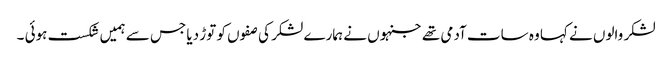
لشکر والوں نے کہا وہ سات آدمی تھے جنہوں نے ہمارے لشکر کی صفوں کو توڑ دیا جس سے ہمیں شکست ہوئی ۔